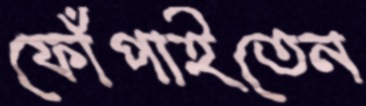
ফোঁপাইতেন